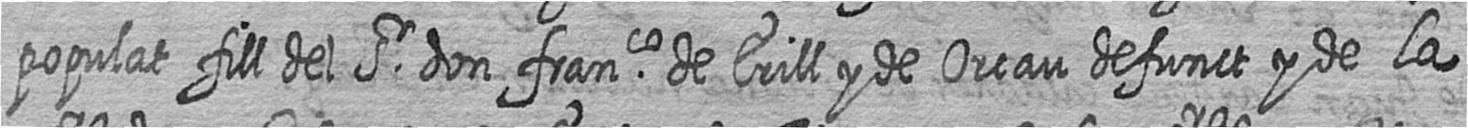
populat fill del Sr don franco de Erill y de Orcau defunct y de la